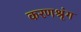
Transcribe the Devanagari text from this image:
करणश्रृंग